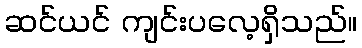
ဆင်ယင် ကျင်းပလေ့ရှိသည်။